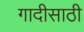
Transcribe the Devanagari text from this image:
गादीसाठी